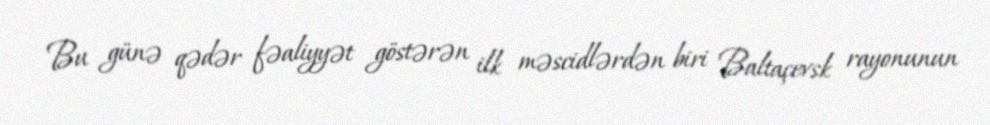
Bu günə qədər fəaliyyət göstərən ilk məscidlərdən biri Baltaçevsk rayonunun